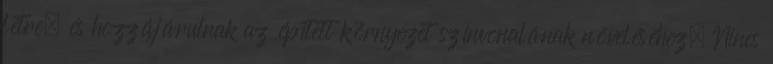
létre, és hozzájárulnak az épített környezet színvonalának növeléséhez. Nincs